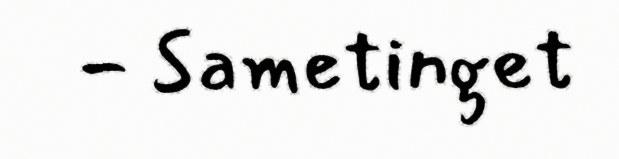
- Sametinget